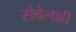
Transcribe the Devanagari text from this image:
सेवेलाही